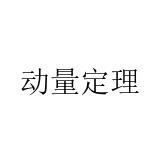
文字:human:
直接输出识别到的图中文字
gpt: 动量定理